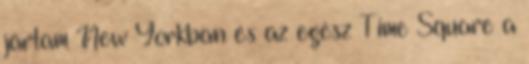
jártam New Yorkban és az egész Time Square a